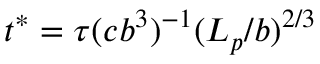
t ^ { * } = \tau ( c b ^ { 3 } ) ^ { - 1 } ( L _ { p } / b ) ^ { 2 / 3 }